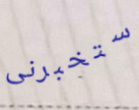
ستخبرنى